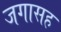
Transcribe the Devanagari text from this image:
जगासह